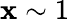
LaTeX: \mathbf{x}\sim1